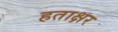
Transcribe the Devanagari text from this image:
हताक्षर